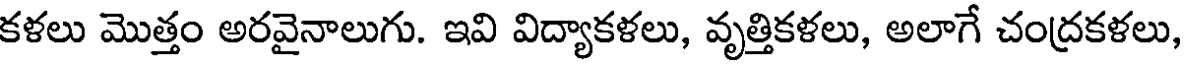
కళలు మొత్తం అరవైనాలుగు. ఇవి విద్యాకళలు, వృత్తికళలు, అలాగే చంద్రకళలు,